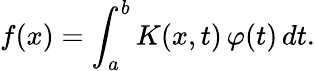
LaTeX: f(x)=\int_{a}^{b}K(x,t)\, \varphi(t)\, dt.